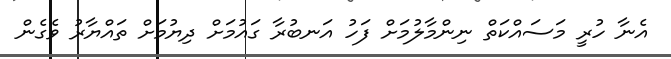
އެނާ ހުރީ މަސައްކަތް ނިންމާލުމަށް ފަހު އަނބުރާ ގައުމަށް ދިޔުމަށް ތައްޔާރު ވެގެން